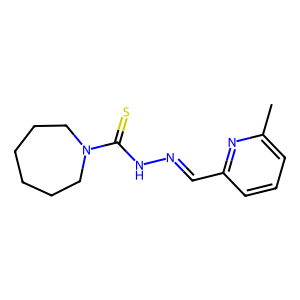
SMILES: Cc1cccc(C=NNC(=S)N2CCCCCC2)n1
Inhibits HIV replication: No